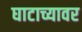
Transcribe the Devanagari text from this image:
घाटाच्यावर